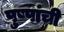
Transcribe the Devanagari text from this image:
पुष्पांची